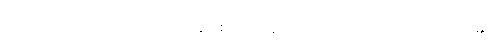
သဿတဒိဋ္ဌိသဟ ဂတော၊ တကွဖြစ်သော။ ရာဂေါ၊ သည်။ ဝိဘဝတဏှာ၊ မည်၏။